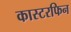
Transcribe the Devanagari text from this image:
कास्टरफिन